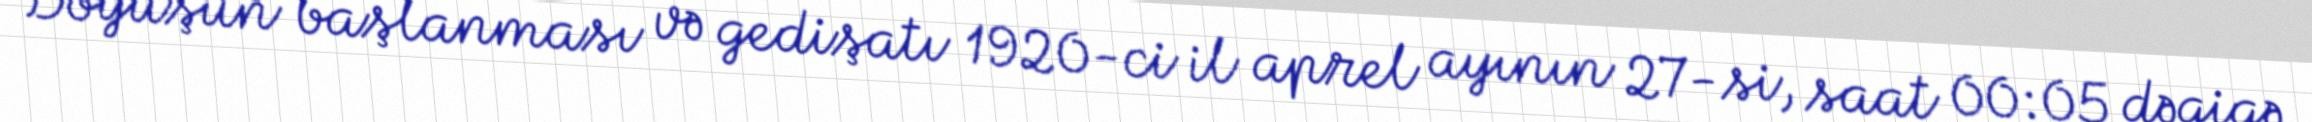
Döyüşün başlanması və gedişatı 1920-ci il aprel ayının 27-si, saat 00:05 dəqiqə